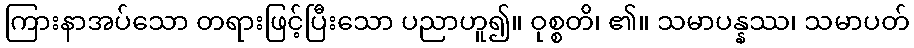
ကြားနာအပ်သော တရားဖြင့်ပြီးသော ပညာဟူ၍။ ဝုစ္စတိ၊ ၏။ သမာပန္နဿ၊ သမာပတ်